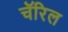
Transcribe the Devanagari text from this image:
चॅरिल